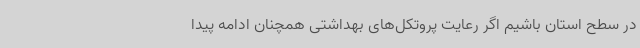
در سطح استان باشیم اگر رعایت پروتکل‌های بهداشتی همچنان ادامه پیدا